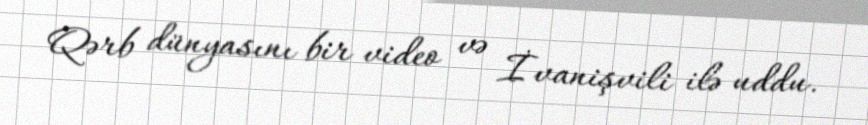
Qərb dünyasını bir video və İvanişvili ilə uddu.